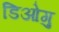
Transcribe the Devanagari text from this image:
डिओगु